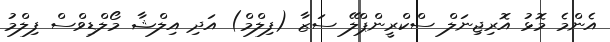
އެންމެ މޮޅު އޮރިޖިނަލް ސްކްރީންޕްލޭ ސަޒާ (ފިލްމް) އަދި އިލްޝާ މޯލްޑިވްސް ފިލްމު